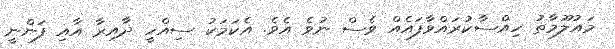
މައުލޫމާތު ހިއްސާކުރައްވާފައެއް ވެސް ނުވެ އެވެ. އެކަމަކު ސިއްހީ ދާއިރާ އާއި ފަންނީ